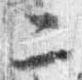
ニ